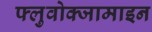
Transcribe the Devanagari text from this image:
फ्लुवोक्जामाइन